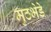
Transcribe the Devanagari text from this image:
मुठभेडे